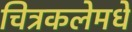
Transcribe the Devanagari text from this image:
चित्रकलेमधे